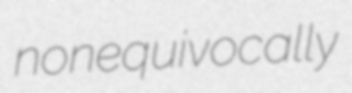
nonequivocally